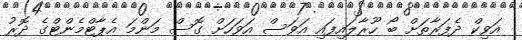
އަވިކް ދެފަރާތަށް ބޯ ހޫރާލައިފައި އަވަސް އަވަހަށް ގޮސް މަންމަ އެޕާޓްމެންޓްގެ ދޮރު